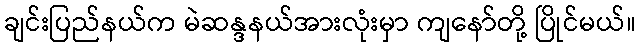
ချင်းပြည်နယ်က မဲဆန္ဒနယ်အားလုံးမှာ ကျနော်တို့ ပြိုင်မယ်။